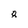
Character: 8